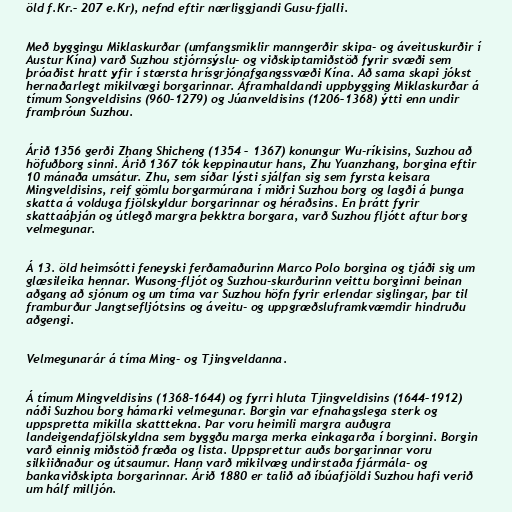
öld f.Kr.– 207 e.Kr), nefnd eftir nærliggjandi Gusu-fjalli.

Með byggingu Miklaskurðar (umfangsmiklir manngerðir skipa- og áveituskurðir í
Austur Kína) varð Suzhou stjórnsýslu- og viðskiptamiðstöð fyrir svæði sem
þróaðist hratt yfir í stærsta hrísgrjónafgangssvæði Kína. Að sama skapi jókst
hernaðarlegt mikilvægi borgarinnar. Áframhaldandi uppbygging Miklaskurðar á
tímum Songveldisins (960–1279) og Júanveldisins (1206–1368) ýtti enn undir
framþróun Suzhou.

Árið 1356 gerði Zhang Shicheng (1354 – 1367) konungur Wu-ríkisins, Suzhou að
höfuðborg sinni. Árið 1367 tók keppinautur hans, Zhu Yuanzhang, borgina eftir
10 mánaða umsátur. Zhu, sem síðar lýsti sjálfan sig sem fyrsta keisara
Mingveldisins, reif gömlu borgarmúrana í miðri Suzhou borg og lagði á þunga
skatta á volduga fjölskyldur borgarinnar og héraðsins. En þrátt fyrir
skattaáþján og útlegð margra þekktra borgara, varð Suzhou fljótt aftur borg
velmegunar.

Á 13. öld heimsótti feneyski ferðamaðurinn Marco Polo borgina og tjáði sig um
glæsileika hennar. Wusong-fljót og Suzhou-skurðurinn veittu borginni beinan
aðgang að sjónum og um tíma var Suzhou höfn fyrir erlendar siglingar, þar til
framburður Jangtsefljótsins og áveitu- og uppgræðsluframkvæmdir hindruðu
aðgengi.

Velmegunarár á tíma Ming- og Tjingveldanna.

Á tímum Mingveldisins (1368–1644) og fyrri hluta Tjingveldisins (1644–1912)
náði Suzhou borg hámarki velmegunar. Borgin var efnahagslega sterk og
uppspretta mikilla skatttekna. Þar voru heimili margra auðugra
landeigendafjölskyldna sem byggðu marga merka einkagarða í borginni. Borgin
varð einnig miðstöð fræða og lista. Uppsprettur auðs borgarinnar voru
silkiiðnaður og útsaumur. Hann varð mikilvæg undirstaða fjármála- og
bankaviðskipta borgarinnar. Árið 1880 er talið að íbúafjöldi Suzhou hafi verið
um hálf milljón.